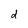
Character: d